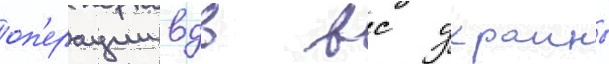
оп'ерации вдв вс украины